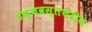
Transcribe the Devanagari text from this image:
उच्चवस्तथरीय